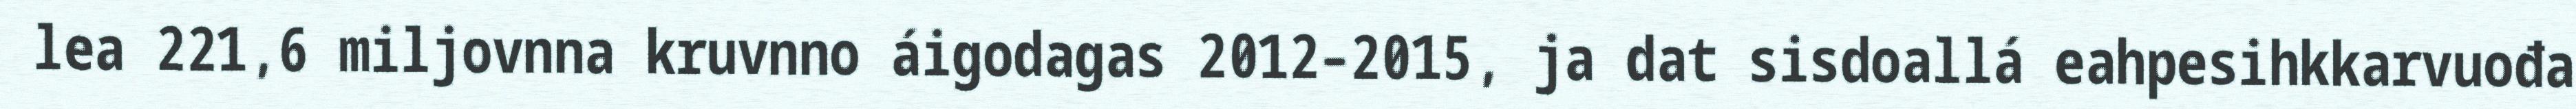
lea 221,6 miljovnna kruvnno áigodagas 2012–2015, ja dat sisdoallá eahpesihkkarvuođa